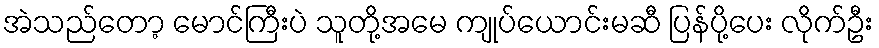
အဲသည်တော့ မောင်ကြီးပဲ သူတို့အမေ ကျုပ်ယောင်းမဆီ ပြန်ပို့ပေး လိုက်ဦး